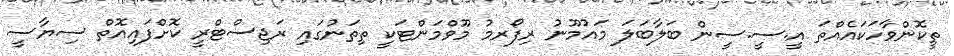
ތީކޮންވާހަކައެއްތަ އީ.ސީ.ސީން ބަލާބަލަ މައުމޫނު ރިފޯރމު މޫވްމަންޓަކީ ތިތަނުގައި ރަޖިސްޓްރީ ކޮށްފައިއޮތް ސިޔާސީ